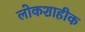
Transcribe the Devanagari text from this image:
लोकशाहीक